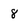
Character: 8